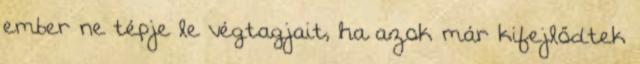
ember ne tépje le végtagjait, ha azok már kifejlődtek